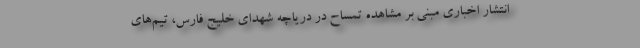
انتشار اخباری مبنی بر مشاهده تمساح در دریاچه شهدای خلیج فارس، تیم‌های